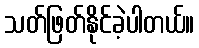
သတ်ဖြတ်နိုင်ခဲ့ပါတယ်။